Annual report of the Central Committee of the Association together with the report of the directors of the Pasteur Institute at Kasauli
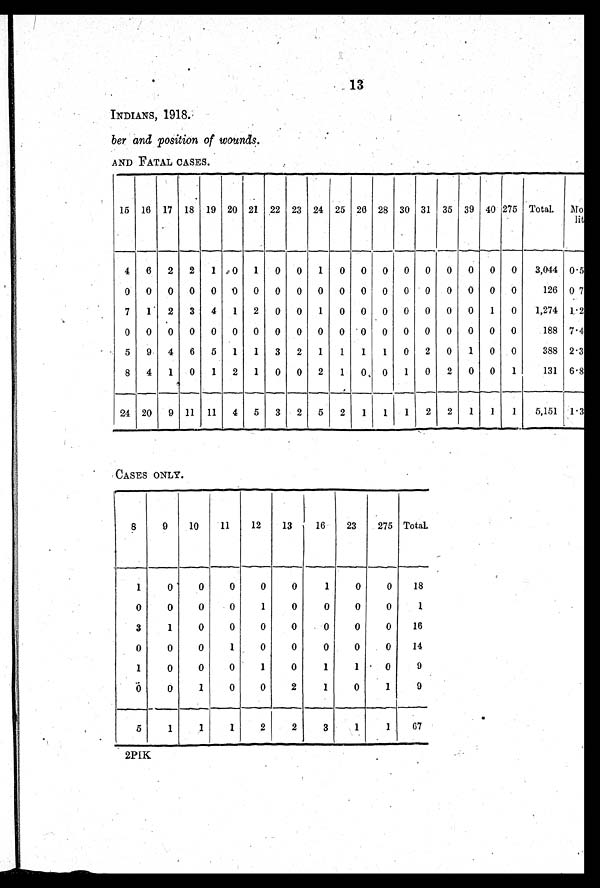
13
INDIANS, 1918.
ber and position of wounds.
AND FATAL CASES.
15 16 17 18 19 20 21 22 23 24 25 26 28 30 31 35 39 40 275 Total.
M o r t a l i t y .
4
6
2
2
1
0
1
0
0
1
0
0
0
0 0
0
0
0
0
3,044 0.5
0
0
0
0
0 0 0
0
0
0
0
0
0
0
0
0
0
0
0
126 0.7
7
1
2
3
4
1
2
0
0
1
0
0
0
0
0
0
0
1
0
1,274 1.2
0
0
0
0
0
0
0
0
0
0
0
0
0
0 0
0
0
0
0
188 7.4
5
9
4
6
5
1
1
3
2
1
1
1
1
0
2
0
1
0
0
388 2.3
8
4
1
0
1
2
1
0
0
2
1
0
0
1
0
2
0
0
1
131 6.8
24 20
9 11 11
4
5
3
2
5
2
1
1
1
2
2
1
1
1
5,151 1.3
CASES ONLY.
8
9
10
11
12
13
16
23
275 Total.
1
0
0
0
0
0
1
0
0
18
0
0
0
0
1
0
0
0
0
1
3
1
0
0
0
0
0
0
0
16
0
0
0
1
0
0
0
0
0
14
1
0
0
0
1
0
1
1
0
9
0
0
1
0
0
2
1
0
1
9
5
1
1
1
2
2
3
1
1 67
2PIK